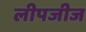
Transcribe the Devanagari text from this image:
लीपजीज